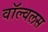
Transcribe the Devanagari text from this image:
वॉल्वलस